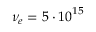
\nu _ { e } = 5 \cdot { 1 0 } ^ { 1 5 }